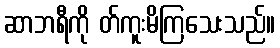
ဆာဘရီကို တ်ကူးမိကြသေးသည်။